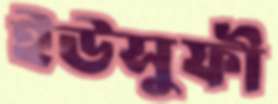
ইউসুফী